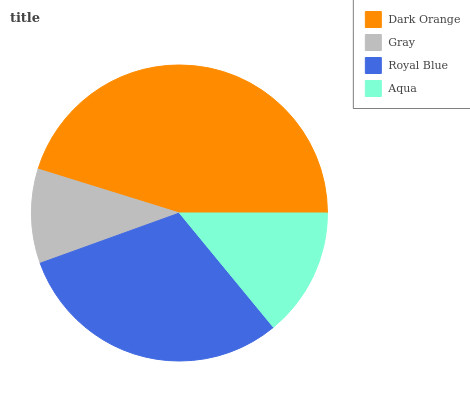
| Dark Orange | Gray | Royal Blue | Aqua |
 | --- | --- | --- | --- |
 | 45.2% | 10.3% | 30.4% | 14% |